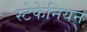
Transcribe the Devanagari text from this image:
स्टेफेनियन